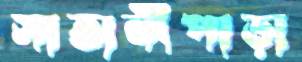
সাতানীপাড়া